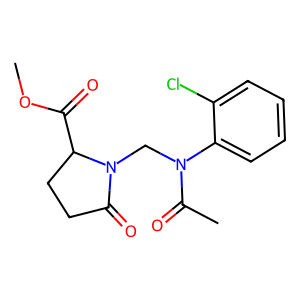
SMILES: COC(=O)C1CCC(=O)N1CN(C(C)=O)c1ccccc1Cl
Inhibits HIV replication: No